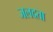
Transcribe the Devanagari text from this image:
जलदता